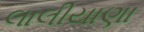
લાલીયાણા